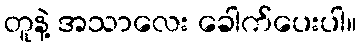
တူနဲ့ အသာလေး ခေါက်ပေးပါ။